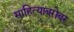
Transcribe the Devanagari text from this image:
साहित्याबरोबर